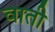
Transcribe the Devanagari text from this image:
वाती